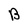
Character: B